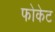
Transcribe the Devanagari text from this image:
फोकेट